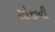
સોજીની